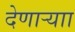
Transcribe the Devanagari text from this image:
देणाऱ्याा